Subject: physics
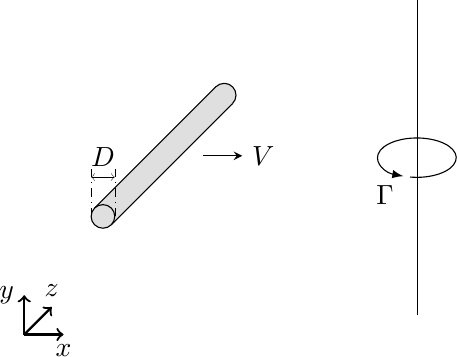
LaTeX code:
\begin{tikzpicture}
\pgfmathsetmacro{\x}{-4}
\pgfmathsetmacro{\y}{-4}
\pgfmathsetmacro{\z}{-4}
\path (0,0,\y) coordinate (A) (\x,0,\y) coordinate (B) (\x,0,0) coordinate (C) (0,0,0)
coordinate (D) (0,\z,\y) coordinate (E) (\x,\z,\y) coordinate (F) (\x,\z,0) coordinate (G)
(0,\z,0) coordinate (H);

\filldraw[color=black, fill=gray!25] (-3.5,-2,-4) circle (0.15);
\fill[fill=gray!25] (-3.606,-1.893,0) -- (-3.606,-1.893,-4) -- (-3.393,-2.106,-4) -- (-3.393,-2.106,0) -- cycle;
 \draw[black] (-3.606,-1.893,0) -- (-3.606,-1.893,-4);
 \draw[black] (-3.393,-2.106,0) -- (-3.393,-2.106,-4);
\filldraw[color=black, fill=gray!25] (-3.5,-2,0) circle (0.15);

\draw[line width=0.05mm,dash dot,color=black] (-3.65,-2,0) -- (-3.65,-1.4,0) ;
\draw[line width=0.05mm,dash dot,color=black] (-3.35,-2,0) -- (-3.35,-1.4,0) ;
\draw[line width=0.05mm,<->, color=black] (-3.35,-1.5,0) -- (-3.65,-1.5,0);
\node[fill=none] at (-3.5,-1.25,0) {$D$};

\draw [black,-stealth] (-3,-2,-2) -- (-2.5,-2.0,-2) node [right] {$V$};

\draw [black] (0.5,-3.25) -- (0.5,0.75);

\draw [-latex, black, rotate=90] (-1.5,-0.4) arc [start angle=-190, end angle=160, x radius=0.25, y radius=0.5] node [below left] {$\Gamma$};

\draw[thick,->] (-4.5,-3.5) -- (-4,-3.5) node[below]{$x$};
\draw[thick,->] (-4.5,-3.5) -- (-4.5,-3.) node[left]{$y$};
\draw[thick,->] (-4.5,-3.5) -- (-4.15,-3.15) node[above]{$z$};

\end{tikzpicture}